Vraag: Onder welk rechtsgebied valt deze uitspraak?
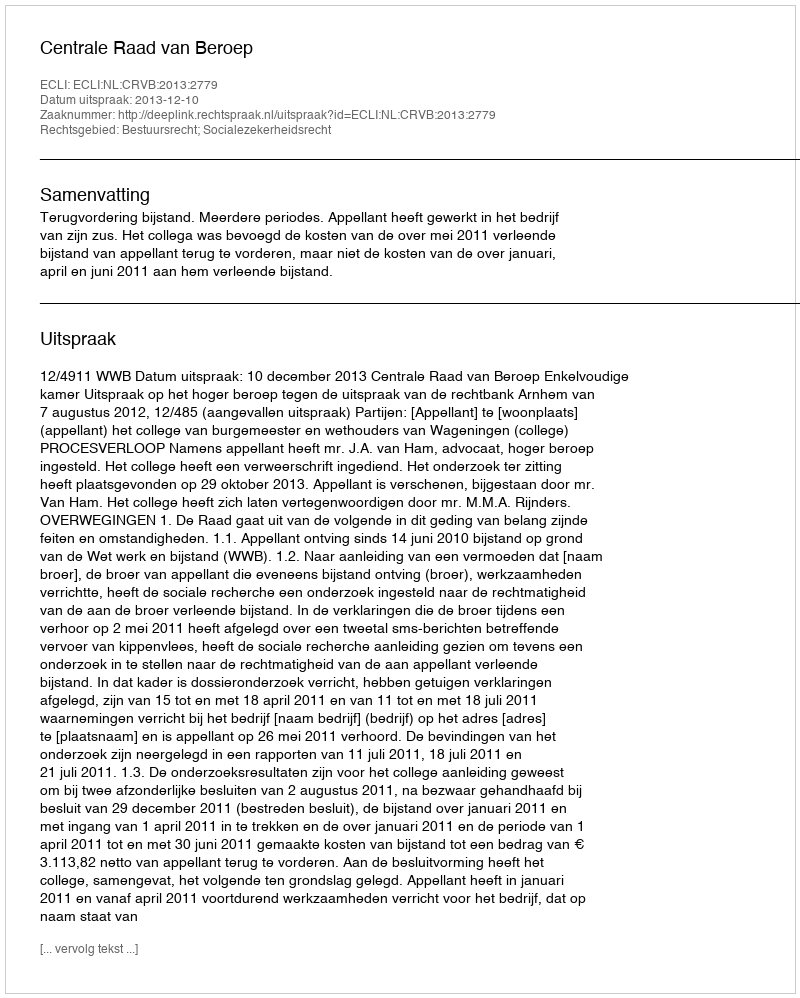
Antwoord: Bestuursrecht; Socialezekerheidsrecht